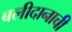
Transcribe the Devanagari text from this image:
बलीदानाची